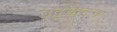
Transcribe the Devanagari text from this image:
उदृघाटन